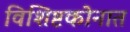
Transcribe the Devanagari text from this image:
विशिष्टकोनात